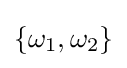
\left\{\omega _{1},\omega _{2}\right\}